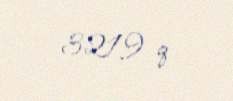
3219 q